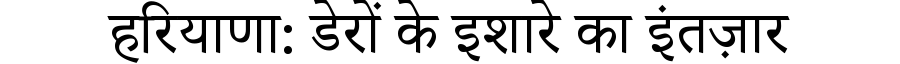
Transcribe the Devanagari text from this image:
हरियाणा: डेरों के इशारे का इंतज़ार